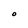
Character: O